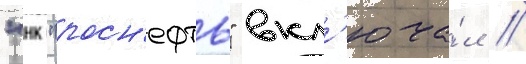
"нк "росн'ефть" вкл'юча́л //